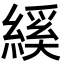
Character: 縘